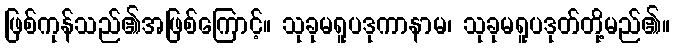
ဖြစ်ကုန်သည်၏အဖြစ်ကြောင့်။ သုခုမရူပဒုကာနာမ၊ သုခုမရူပဒုတ်တို့မည်၏။